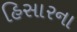
હિસારના